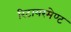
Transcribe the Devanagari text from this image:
रिटायरमेण्ट